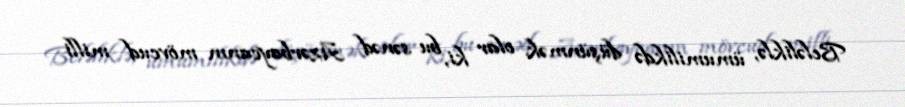
Beləliklə, ümumilikdə düşünmək olar ki, bu sənəd Azərbaycanın mövcud milli